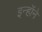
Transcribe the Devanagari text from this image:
इन्हॉने